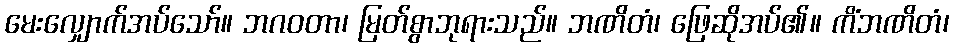
မေးလျှောက်အပ်သော်။ ဘဂဝတာ၊ မြတ်စွာဘုရားသည်။ ဘဏိတံ၊ ဖြေဆိုအပ်၏။ ကိံဘဏိတံ၊